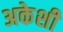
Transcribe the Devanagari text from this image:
अकेशी